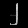
Digit: ၂